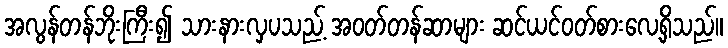
အလွန်တန်ဘိုးကြီး၍ သားနားလှပသည့် အဝတ်တန်ဆာများ ဆင်ယင်ဝတ်စားလေ့ရှိသည်။